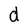
Character: d